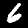
Label: 6